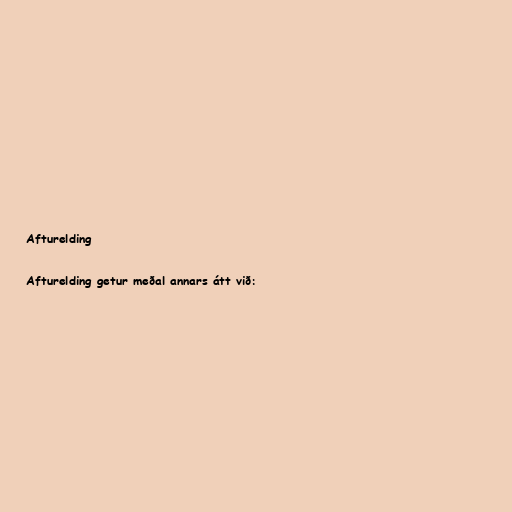
Afturelding

Afturelding getur meðal annars átt við: